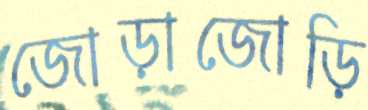
জোড়াজোড়ি